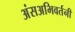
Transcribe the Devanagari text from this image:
अंसअभिवर्तनी